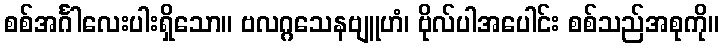
စစ်အင်္ဂါလေးပါးရှိသော။ ဗလဂ္ဂသေနဗျူဟံ၊ ဗိုလ်ပါအပေါင်း စစ်သည်အစုကို။